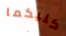
كليكما